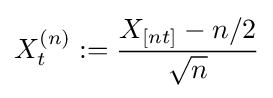
X_{t}^{(n)}:={\frac {X_{[nt]}-n/2}{\sqrt {n}}}